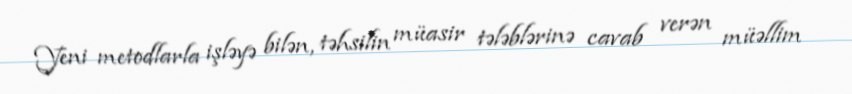
Yeni metodlarla işləyə bilən, təhsilin müasir tələblərinə cavab verən müəllim